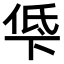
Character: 𫢵